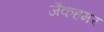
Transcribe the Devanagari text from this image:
जैकहमर